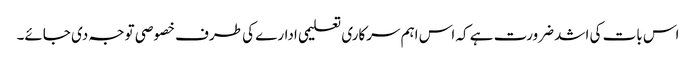
اس بات کی اشد ضرورت ہے کہ اس اہم سرکاری تعلیمی ادارے کی طرف خصوصی توجہ دی جائے۔